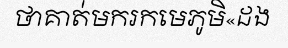
ថាគាត់មករកមេភូមិ«ដង